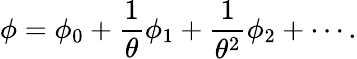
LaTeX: \phi=\phi_{0}+{\frac{1}{\theta}}\phi_{1}+{\frac{1}{\theta^{2}}}\phi_{2}+\cdots.